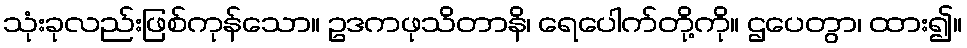
သုံးခုလည်းဖြစ်ကုန်သော။ ဥဒကဖုသိတာနိ၊ ရေပေါက်တို့ကို။ ဌပေတွာ၊ ထား၍။